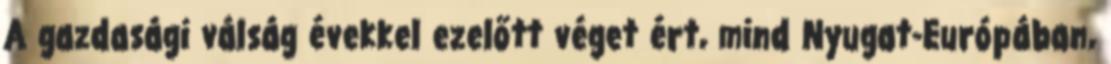
A gazdasági válság évekkel ezelőtt véget ért, mind Nyugat-Európában,